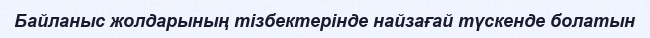
Байланыс жолдарының тізбектерінде найзағай түскенде болатын